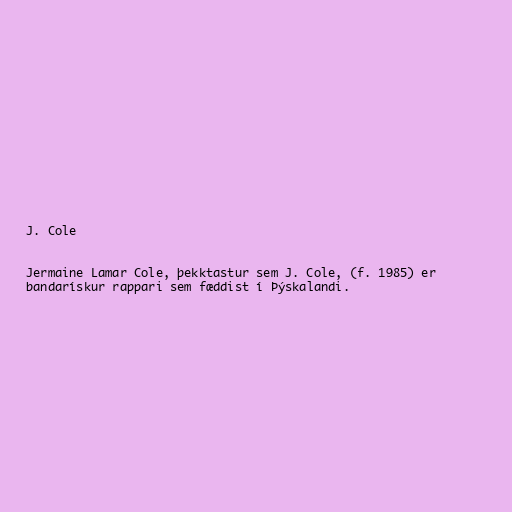
J. Cole

Jermaine Lamar Cole, þekktastur sem J. Cole, (f. 1985) er
bandarískur rappari sem fæddist í Þýskalandi.